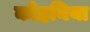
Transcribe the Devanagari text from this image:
कोहनिया